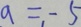
a = - 5